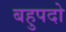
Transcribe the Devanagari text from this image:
बहुपदो